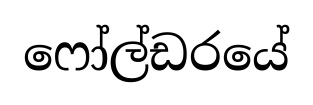
ෆෝල්ඩරයේ